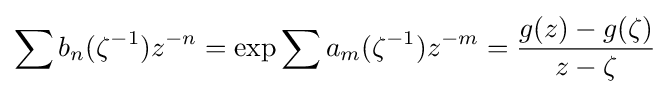
\sum b_{n}(\zeta ^{-1})z^{-n}=\exp \sum a_{m}(\zeta ^{-1})z^{-m}={g(z)-g(\zeta ) \over z-\zeta }